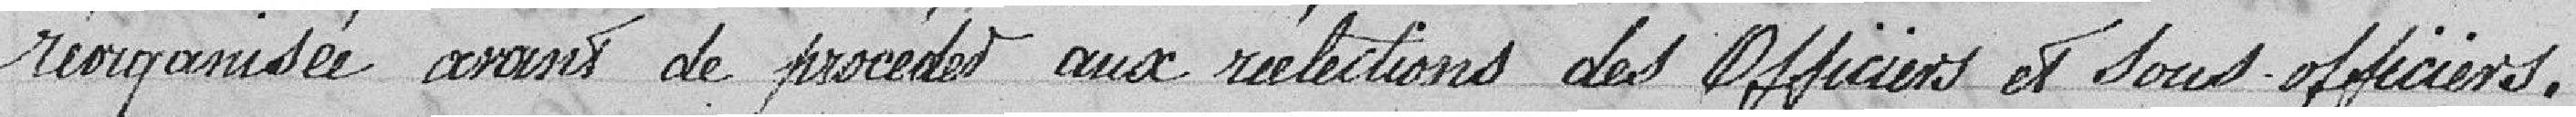
réorganisée avant de procéder aux réélections des Officiers et sous-officiers.